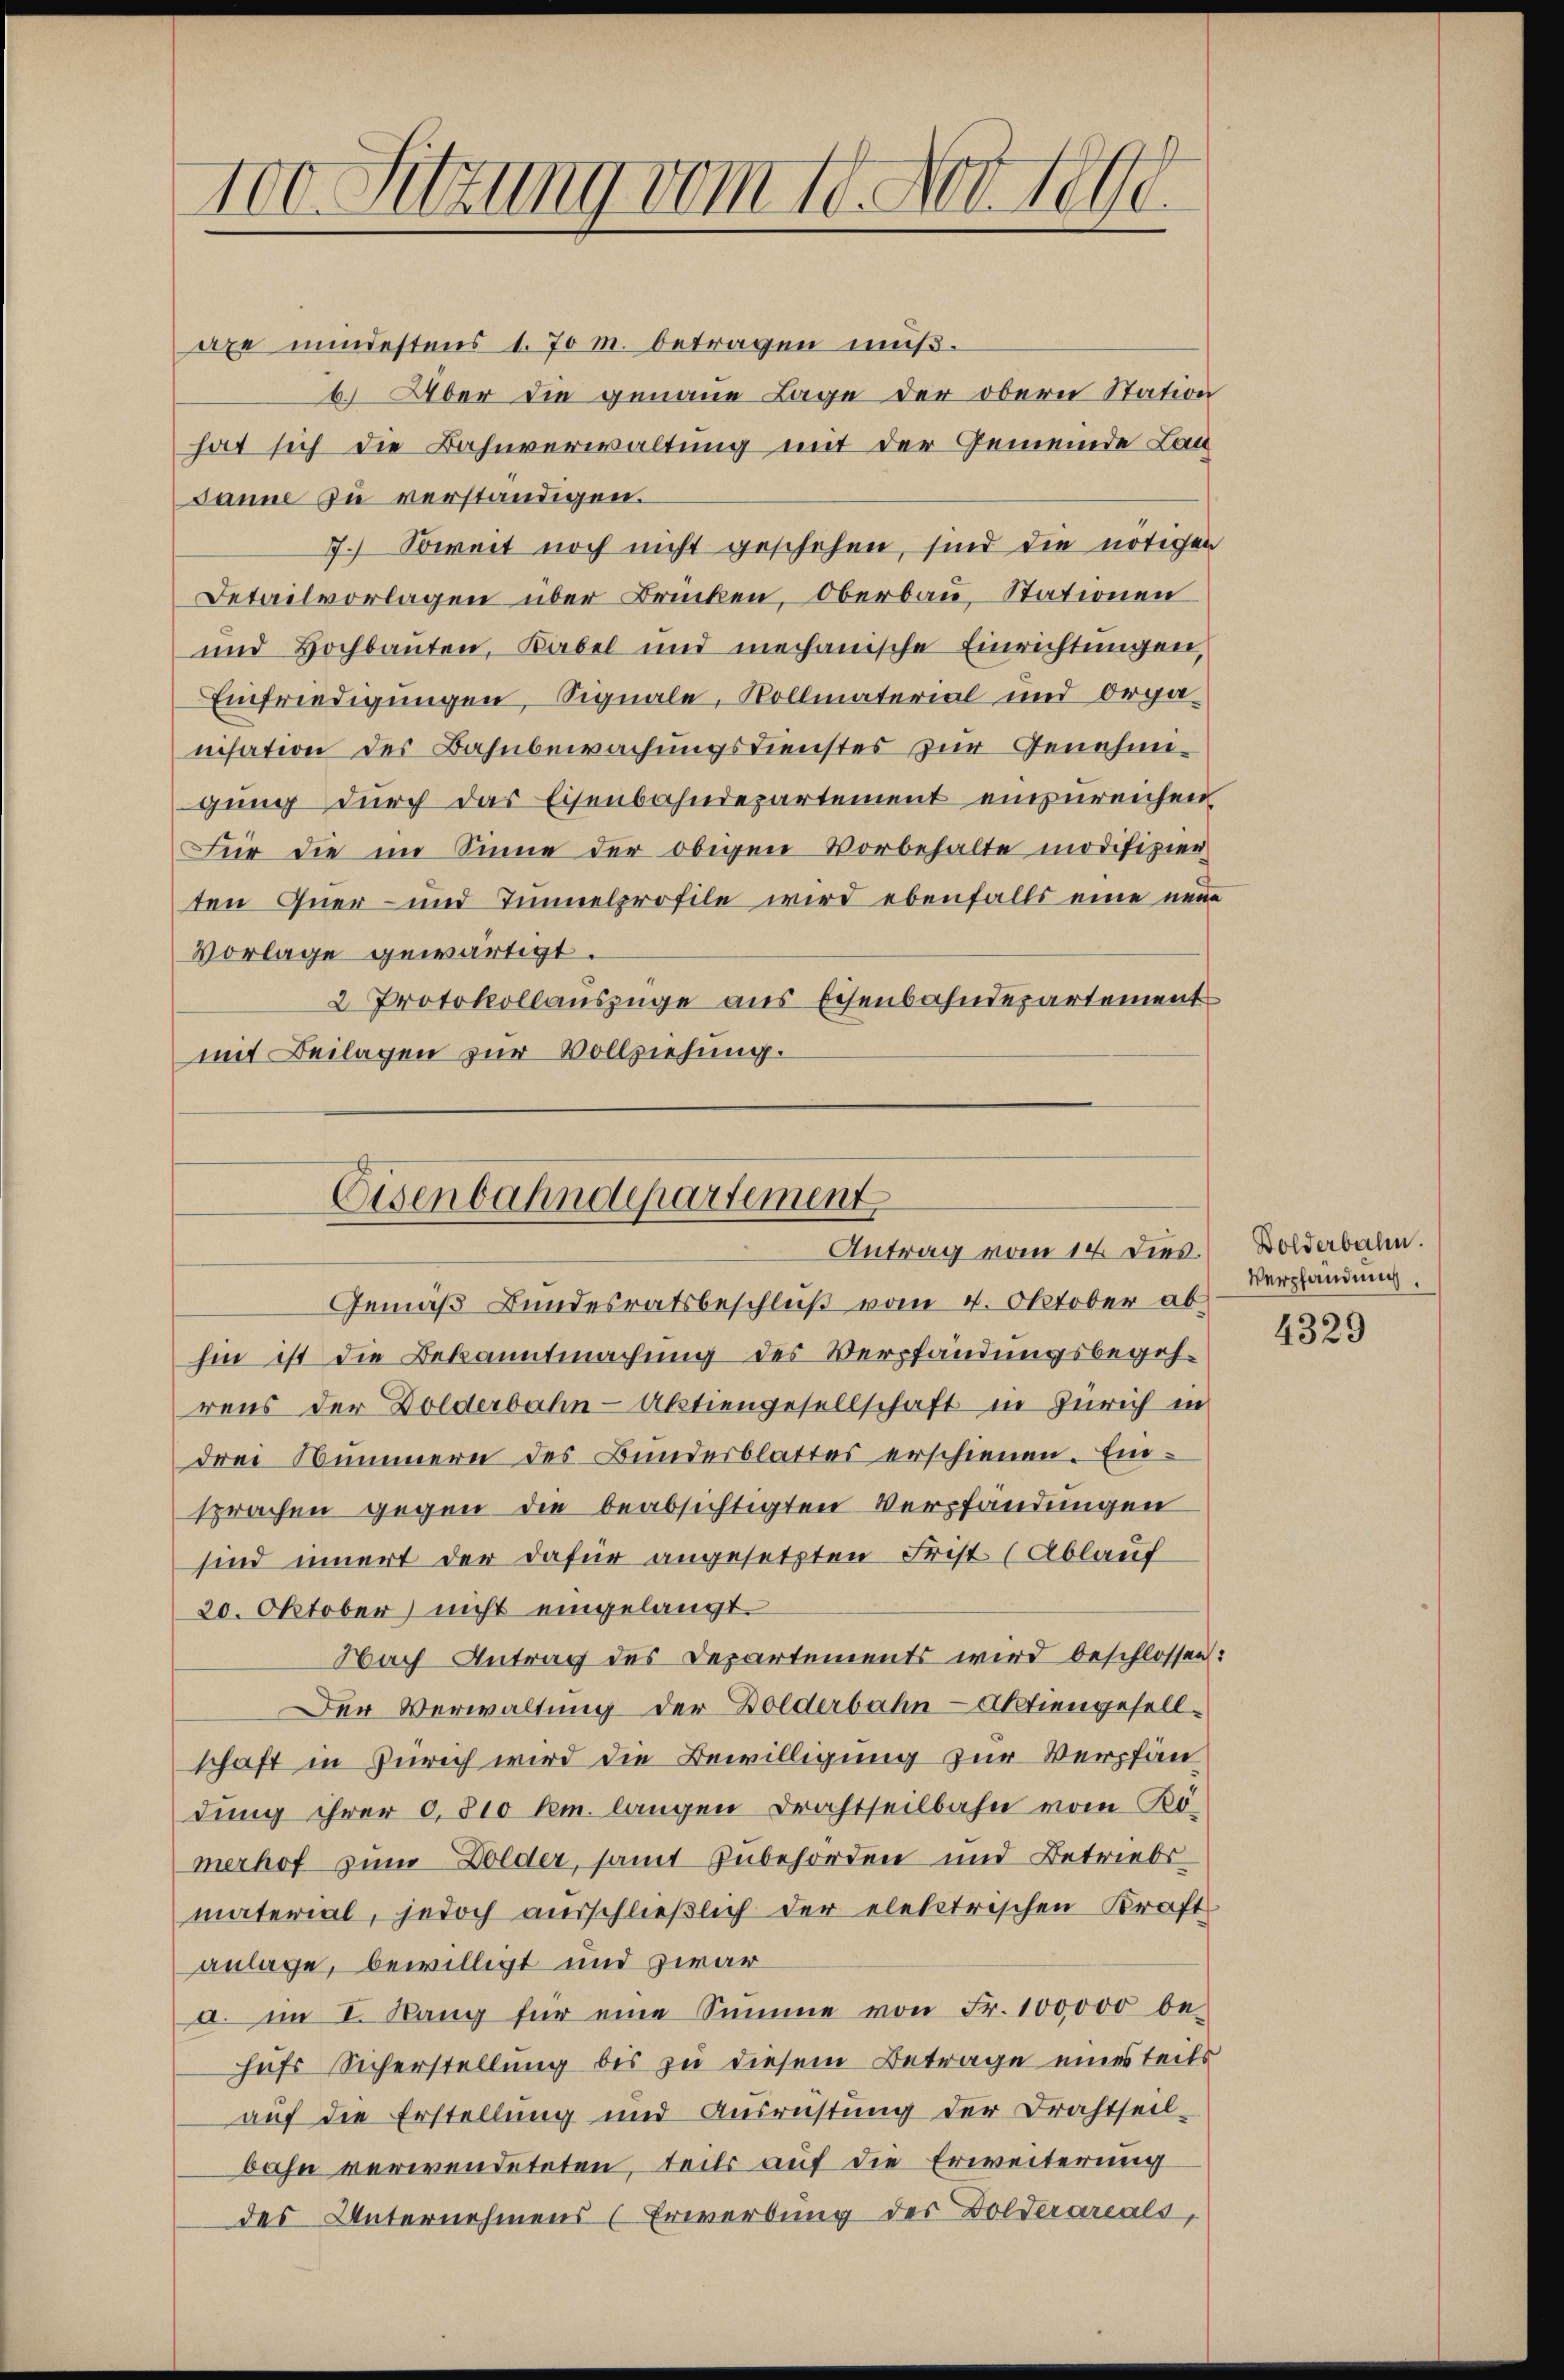
100 Sitzung vom 10. Nov. 1890.

axe mindestens 1. 70 M. betragen muß.
6. Aber die genaue Lage der obern Station
hat sich die Bahnverwaltung mit der Gemeinde Lan
Janne zu verständigen.
7.) Soweit noch nicht geschehen, sind die nötigen
Detailvorlagen über Brücken, Oberbau, Stationen
und Hochbauten, Kabel und mechanische Einrichtungen,
Einfriedigungen, Signale, Vollmaterial und Organisation des Bahnbewachungsdienstes zur Genehmigung durch das Eisenbahndepartement einzureichen
Für die im Sinne der obigen Vorbehalte modifizier
ten Quer- und Innelprofile wird ebenfalls eine neue
Vorlage gewärtigt.
2 Protokollauszüge aus Eisenbahndepartement
mit Beilagen zur Vollziehung.
Gemäß Bundesratsbeschluß vom 4. Oktober ab.
hin ist die Bekanntmachung des Verpfändungsbegehrens der Dolderbahn-Aktiengesellschaft in Zürich in
drei Nummern des Bundesblattes erschienen. Einsprachen gegen die beabsichtigten Verpfändungen
sind innert der dafür angesetzten Frist (Ablauf
20. Oktober nicht eingelangt.
Nach Antrag des Departements wird beschlossen:
Der Verwaltung der Dolderbahn-Aktiengesellschaft in Zürich wird die Bewilligung zur Verpfän
dung ihrer 0,810 km. langen Drahtheilbahn vom Kömerhof zum Dolder, samt zubehörden und Betriebs
material, jedoch ausschließlich der elektrischen Kraft
anlage, bewilligt und zwar
a. im I. Rang für eine Summe von Fr. 100000 behufs Sicherstellung bis zu diesem Betrage eines teils
auf die Erstellung und Ausrüstung der Drahtseil-
bahn verwendeteten, teils auf die Erweiterung
des Unternehmens (Erwerbung der Dolderarials,

Eisenbahndepartement
Antrag vom 14. Dies.

Dolderbahn.
Verpfandung.

4329